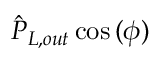
\hat { P } _ { L , o u t } \cos { ( \phi ) }